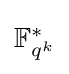
{\textstyle \mathbb {F} _{q^{k}}^{*}}